Assam Mental Hospital (Tezpur, India) - 1933-1948
Year: 1933
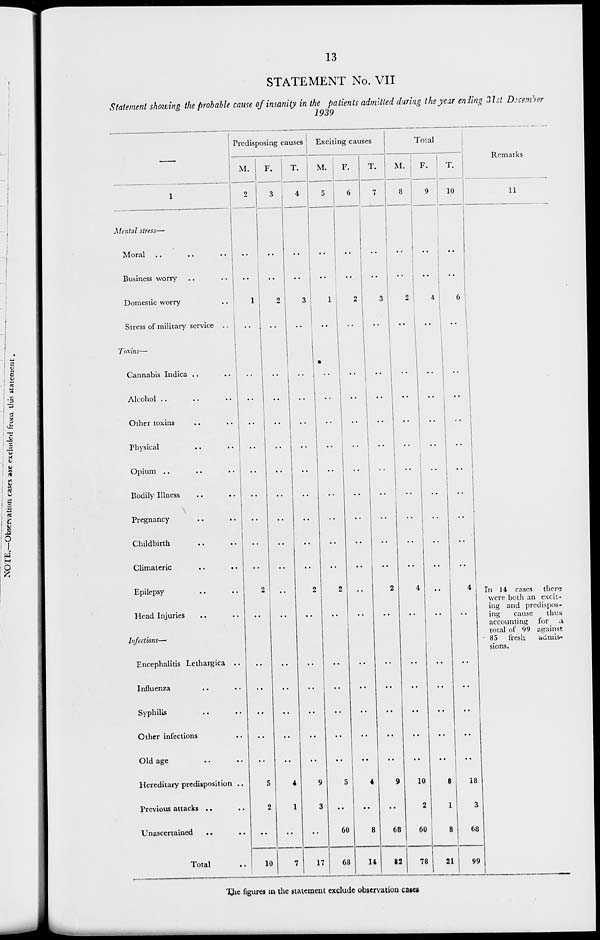
13
STATEMENT No. VII
Statement showing the probable cause of insanity in the patients admitted during the year ending 31st December
1939
1
Mental stress—
Moral
..
..
..
Business worry .. ..
Domestic worry ..
Stress of military service ..
Toxins—
Cannabis Indica .. ..
Alcohol .. .. ..
Other toxins .. ..
Physical .. ..
Opium .. .. ..
Bodily Illness .. ..
Pregnancy .. ..
Childbirth .. ..
Climateric
..
..
Epilepsy .. ..
Head Injuries .. ..
Infections—
Encephalitis Lethargica ..
Influenza .. ..
Syphilis .. ..
Other infections ..
Old age .. ..
Hereditary predisposition ..
Previous attacks .. ..
Unascertained .. ..
Total ..
Predisposing causes
M.
2
..
..
1
..
..
..
..
..
..
..
..
..
..
2
..
..
..
..
..
..
5
2
..
10
F.
3
..
..
2
..
..
..
..
..
..
..
..
..
..
..
..
..
..
..
..
..
4
1
..
7
T.
4
..
..
3
..
..
..
..
..
..
..
..
..
..
2
..
..
..
..
..
..
9
3
..
17
Exciting causes
M.
5
..
..
1
..
..
..
..
..
..
..
..
..
..
2
..
..
..
..
..
..
5
..
60
68
F.
6
..
..
2
..
..
..
..
..
..
..
..
..
..
..
..
..
..
..
..
..
4
..
8
14
T.
7
..
..
3
..
..
..
..
..
..
..
..
..
..
2
..
..
..
..
..
..
9
..
68
82
Total
M.
8
..
..
2
..
..
..
..
..
..
..
..
..
..
4
..
..
..
..
..
..
10
2
60
78
F.
9
..
..
4
..
..
..
..
..
..
..
..
..
..
..
..
..
..
..
..
..
8
1
8
21
T.
10
..
..
6
..
..
..
..
..
..
..
..
..
..
4
..
..
..
..
..
..
18
3
68
99
Remarks
11
In 14 cases
there
were both an excit-
ing and predispos-
ing
cause
thus
accounting
for
a
total of 99 against
85
fresh
admis-
sions.
The figures in the statement exclude observation cases